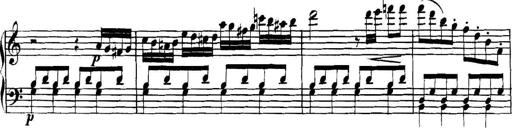
Title: Collected Piano Sonatas
Composer: Muzio Clementi